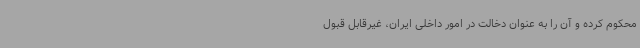
محکوم کرده و آن را به عنوان دخالت در امور داخلی ایران، غیرقابل قبول